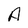
Character: A